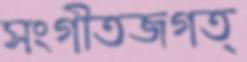
সংগীতজগত্